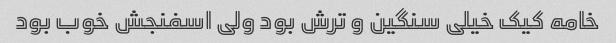
خامه کیک خیلی سنگین و ترش بود ولی اسفنجش خوب بود